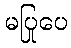
မပြုပေ